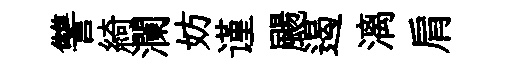
讐綺瀾妨谨颺遏漓肩